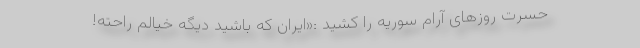
حسرت روزهای آرام سوریه را کشید :«ایران که باشید دیگه خیالم راحته!